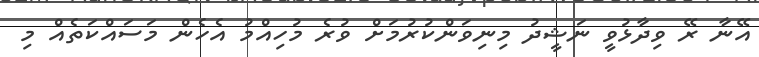
އޭނާ ރޭ ވިދާޅުވީ ނަޝީދު މިނިވަންކުރުމަށް ވުރެ މުހިއްމު އެހެން މަސައްކަތެއް މި